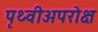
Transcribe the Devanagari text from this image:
पृथ्वीअपरोक्ष